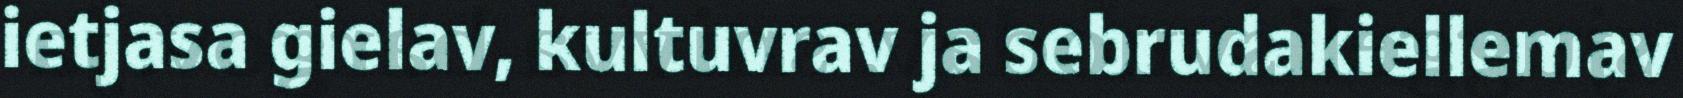
ietjasa gielav, kultuvrav ja sebrudakiellemav